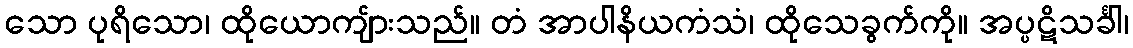
သော ပုရိသော၊ ထိုယောကျ်ားသည်။ တံ အာပါနိယကံသံ၊ ထိုသေခွက်ကို။ အပ္ပဋိသင်္ခါ၊